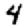
Digit: 4